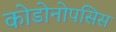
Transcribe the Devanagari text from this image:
कोडोनोपसिस